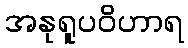
အနုရူပဝိဟာရ